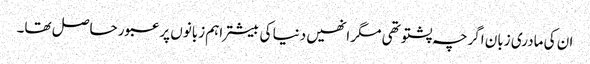
ان کی مادری زبان اگرچہ پشتو تھی مگر انھیں دنیا کی بیشتر اہم زبانوں پر عبور حاصل تھا۔